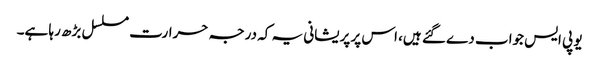
یو پی ایس جواب دے گئے ہیں، اس پر پریشانی یہ کہ درجہ حرارت مسلسل بڑھ رہا ہے۔